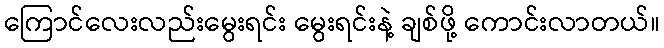
ကြောင်လေးလည်းမွေးရင်း မွေးရင်းနဲ့ ချစ်ဖို့ ကောင်းလာတယ်။